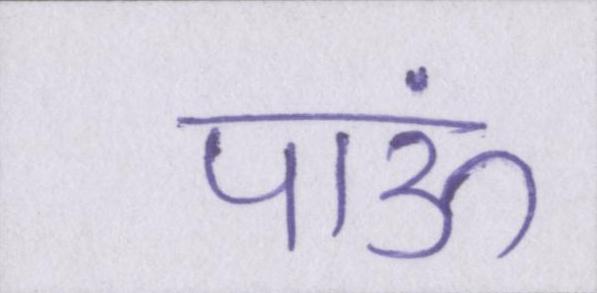
पाऊं